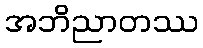
အဘိညာတဿ